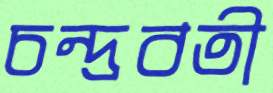
চন্দ্রবতী